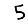
Digit: 5